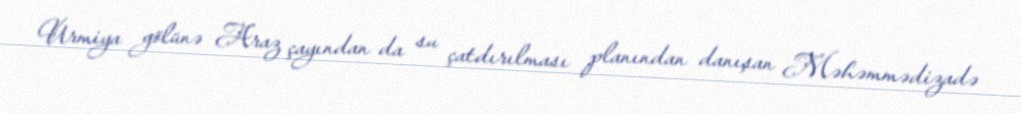
Urmiya gölünə Araz çayından da su çatdırılması planından danışan Məhəmmədizadə